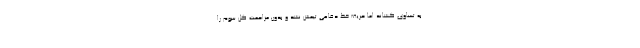
به تساوی کشاند اما حریف خط دفاعی تیمش نشد و بدون مزاحمت گل سوم را